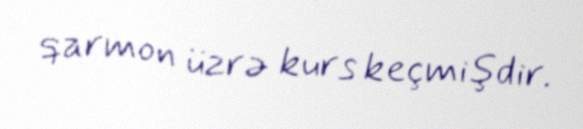
qarmon üzrə kurs keçmişdir.